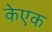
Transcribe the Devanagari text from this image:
केएक